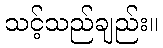
သင့်သည်ချည်း။